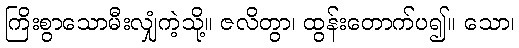
ကြိးစွာသောမီးလျှံကဲ့သို့။ ဇလိတွာ၊ ထွန်းတောက်ပ၍။ သော၊